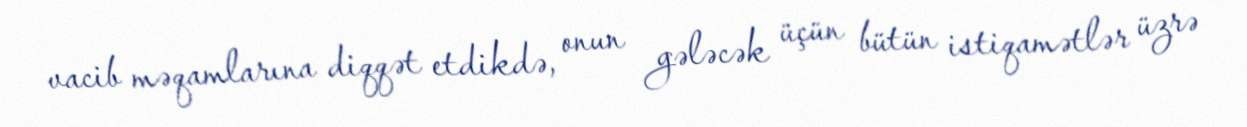
vacib məqamlarına diqqət etdikdə, onun gələcək üçün bütün istiqamətlər üzrə